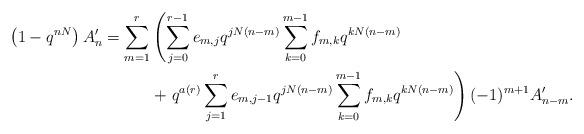
LaTeX: \begin{align*}\left(1-q^{nN}\right) A'_n =\sum_{m=1}^{r} &\left(\sum_{j=0}^{r-1} e_{m,j} q^{jN(n-m)} \sum_{k=0}^{m-1} f_{m,k} q^{kN(n-m)} \right.\\&+ \left. q^{a(r)} \sum_{j=1}^{r} e_{m,j-1} q^{jN(n-m)} \sum_{k=0}^{m-1} f_{m,k} q^{kN(n-m)} \right) (-1)^{m+1} A'_{n-m}.\end{align*}